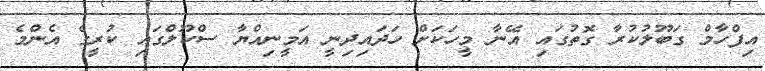
އިފްހާމް ގަބޫލުކުރާ ގޮތުގައި އޭނާ މީހަކަށް ހަދައިދިނީ އަމީނިއްޔާ ސްކޫލްގައި ކުރީގެ އެންމެ